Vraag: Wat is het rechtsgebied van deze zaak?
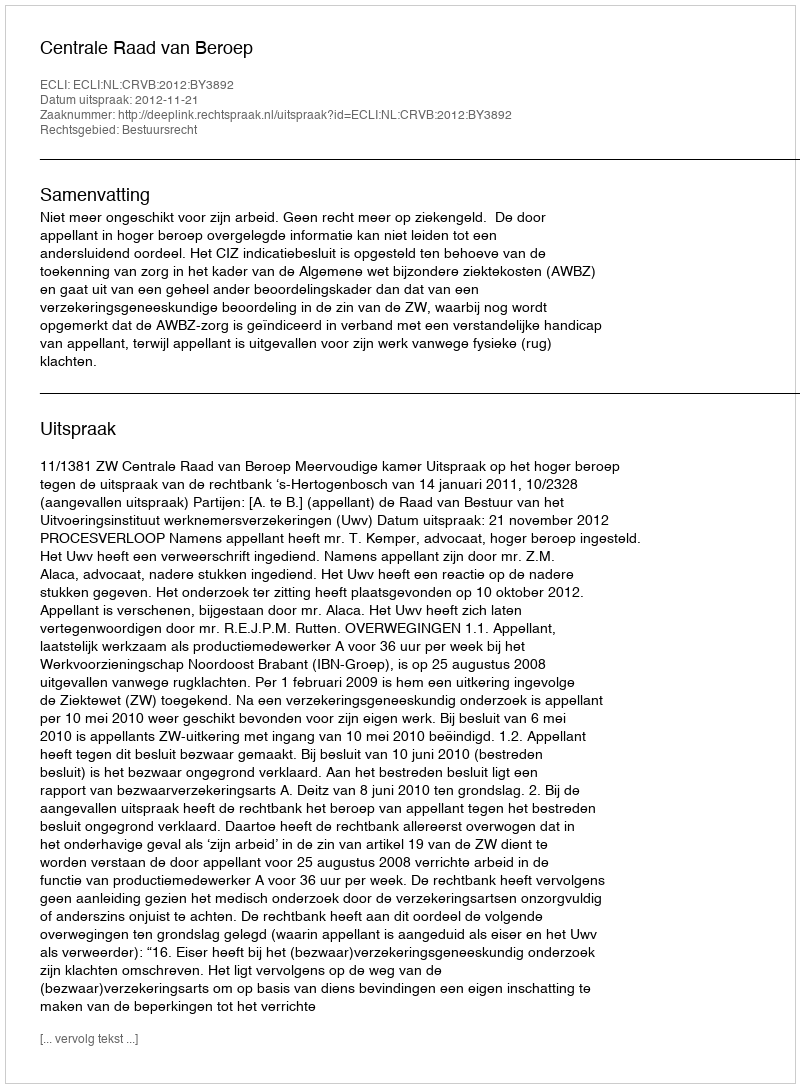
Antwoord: Bestuursrecht